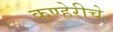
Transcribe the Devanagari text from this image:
कण्हेरीचे